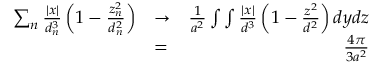
\begin{array} { r l r } { \sum _ { n } \frac { | x | } { d _ { n } ^ { 3 } } \left( 1 - \frac { z _ { n } ^ { 2 } } { d _ { n } ^ { 2 } } \right) } & { \to } & { \frac { 1 } { a ^ { 2 } } \int \int \frac { | x | } { d ^ { 3 } } \left( 1 - \frac { z ^ { 2 } } { d ^ { 2 } } \right) d y d z } \\ & { = } & { \frac { 4 \pi } { 3 a ^ { 2 } } } \end{array}